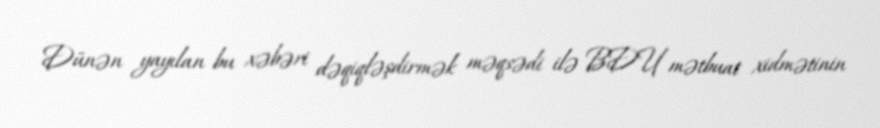
Dünən yayılan bu xəbəri dəqiqləşdirmək məqsədi ilə BDU mətbuat xidmətinin